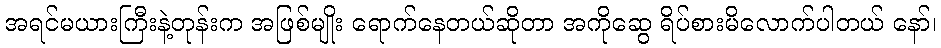
အရင်မယားကြီးနဲ့တုန်းက အဖြစ်မျိုး ရောက်နေတယ်ဆိုတာ အကိုဆွေ ရိပ်စားမိလောက်ပါတယ် နော်၊